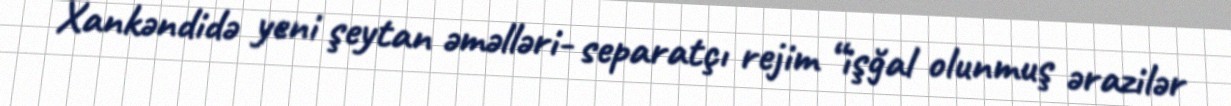
Xankəndidə yeni şeytan əməlləri- separatçı rejim “işğal olunmuş ərazilər